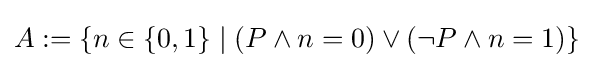
A:=\{n\in \{0,1\}\mid (P\land n=0)\lor (\neg P\land n=1)\}